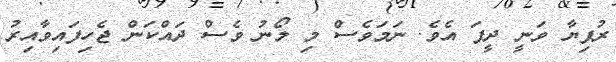
ރުފިޔާ ވަނީ ދީފަ އެވެ. ނަމަވެސް މި ލޯނު ވެސް ދައްކަން ޖެހިފައިވާއިރު